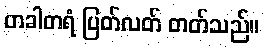
တခါတရံ ပြတ်လတ် တတ်သည်။